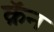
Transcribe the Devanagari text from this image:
क्रॅन